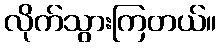
လိုက်သွားကြတယ်။